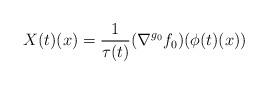
LaTeX: \begin{align*}X(t)(x)=\frac{1}{\tau(t)}(\nabla^{g_0}f_0)(\phi(t)(x))\end{align*}